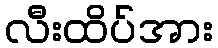
လီးထိပ်အား